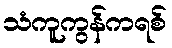
သံကူကွန်ကရစ်